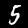
Label: 5